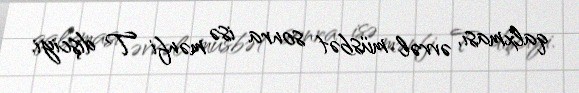
qalxması, əvvəl müsbət sonra isə mənfi T dişciyi.